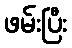
ဖမ်းပြီး